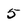
Character: 5